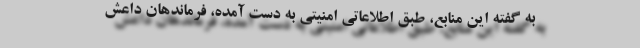
به گفته این منابع، طبق اطلاعاتی امنیتی به دست آمده، فرماندهان داعش